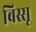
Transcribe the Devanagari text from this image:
बिस्सू